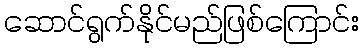
ဆောင်ရွက်နိုင်မည်ဖြစ်ကြောင်း